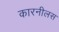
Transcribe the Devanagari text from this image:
कारनीलस